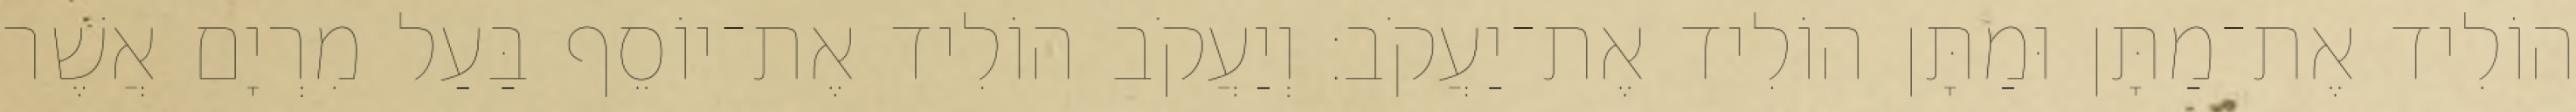
הוֹלִיד אֶת־מַתָּן וּמַתָּן הוֹלִיד אֶת־יַעֲקֹב׃ וְיַעֲקֹב הוֹלִיד אֶת־יוֹסֵף בַּעַל מִרְיָם אֲשֶׁר